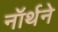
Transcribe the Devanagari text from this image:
नॉर्थने